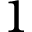
1